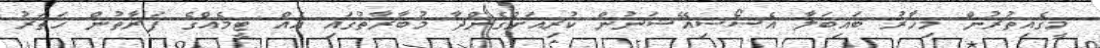
މީގެއިތުރުން މިހާރު ބައިބަލާ އެސޯސިއޭޝަނުން ކުރިއަށްގެންދާ މުބާރާތުގައި އެއް ޓީމެއްގެ ފަރާތުން ހަތަރު